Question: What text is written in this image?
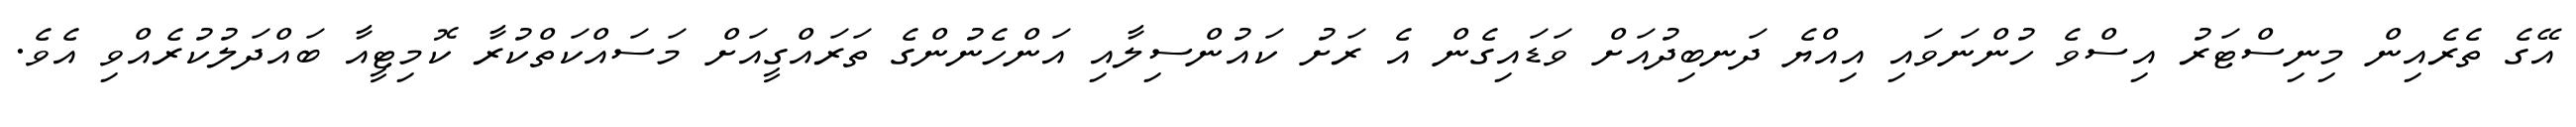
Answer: އޭގެ ތެރެއިން މިނިސްޓަރު އިސްވެ ހުންނަވައި އިއްޔެ ދަނބިދުއަށް ވަޑައިގެން އެ ރަށު ކައުންސިލާއި އަންހެނުންގެ ތަރައްގީއަށް މަސައްކަތްކުރާ ކޮމިޓީއާ ބައްދަލުކުރެއްވި އެވެ.